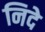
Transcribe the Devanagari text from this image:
निदे